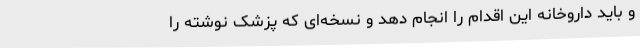
و باید داروخانه این اقدام را انجام دهد و نسخه‌ای که پزشک نوشته را